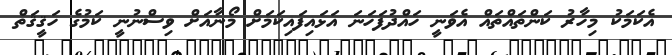
އެކަމަކު މިހާރު ކަންތައްތައް އެވަނީ ހައްދުފަހަނަ އަޅައިފައިކަމަށް މޯނާއަށް ވިސްނުނީ ކަމުގެ ހަޤީޤަތް